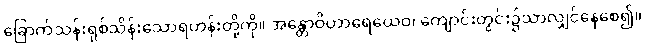
ခြောက်သန်းရှစ်သိန်းသောရဟန်းတို့ကို။ အန္တောဝိဟာရေယေဝ၊ ကျောင်းတွင်း၌သာလျှင်နေစေ၍။